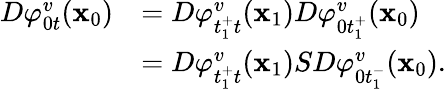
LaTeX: \begin{array}{rl}{D\varphi_{0t}^{v}(\textbf{x}_{0})}&{=D\varphi_{t_{1}^{+}t}^{v}(\textbf{x}_{1})D\varphi_{0t_{1}^{+}}^{v}(\textbf{x}_{0})}\\ &{=D\varphi_{t_{1}^{+}t}^{v}(\textbf{x}_{1})SD\varphi_{0t_{1}^{-}}^{v}(\textbf{x}_{0}).}\end{array}